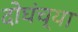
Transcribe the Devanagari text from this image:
दोघंच्या